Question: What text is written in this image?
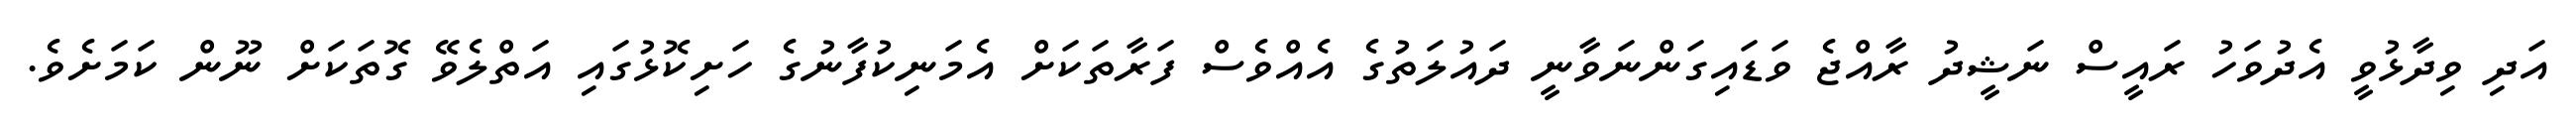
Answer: އަދި ވިދާޅުވީ އެދުވަހު ރައީސް ނަޝީދު ރާއްޖެ ވަޑައިގަންނަވާނީ ދައުލަތުގެ އެއްވެސް ފަރާތަކަށް އެމަނިކުފާނުގެ ހަށިކޮޅުގައި އަތްލެވޭ ގޮތަކަށް ނޫން ކަމަށެވެ.